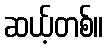
ဆယ့်တစ်။